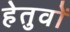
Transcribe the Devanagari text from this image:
हेतुवों